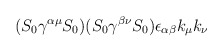
\begin{align*}(S_0 \gamma^{\alpha\mu}S_0)(S_0 \gamma^{\beta\nu}S_0)\epsilon_{\alpha\beta}k_\mu k_\nu\end{align*}